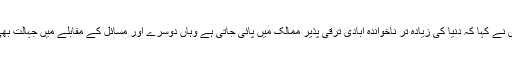
چیئر پرسن این سی ایچ ڈی نے کہا کہ دنیا کی زیادہ تر ناخواندہ آبادی ترقی پذیر ممالک میں پائی جاتی ہے وہاں دوسرے اور مسائل کے مقابلے میں جہالت بھی ایک بہت بڑا مسئلہ ہے۔